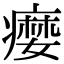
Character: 𤹴